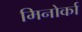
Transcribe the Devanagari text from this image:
मिनोर्का